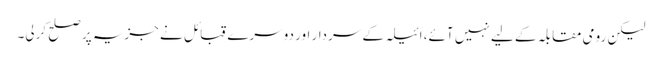
لیکن رومی مقابلہ کے لیے نہیں آئے، اَئیلہ کے سردار اور دوسرے قبائل نے جزیہ پر صلح کرلی۔